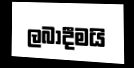
ලබාදීමයි